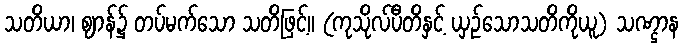
သတိယာ၊ ဈာန်၌ တပ်မက်သော သတိဖြင့်။ (ကုသိုလ်ပီတိနှင့် ယှဉ်သောသတိကိုယူ) သဏ္ဌာန